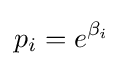
p_{i}=e^{\beta _{i}}